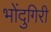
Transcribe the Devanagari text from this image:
भोंदुगिरी